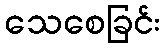
သေစေခြင်း